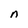
Character: n